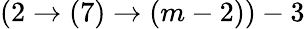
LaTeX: (2\rightarrow(7)\rightarrow(m-2))-3